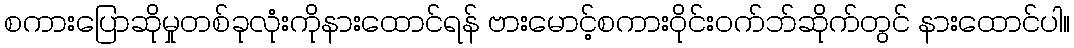
စကားပြောဆိုမှုတစ်ခုလုံးကိုနားထောင်ရန် ဗားမောင့်စကားဝိုင်းဝက်ဘ်ဆိုက်တွင် နားထောင်ပါ။